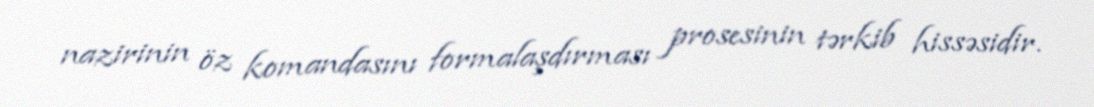
nazirinin öz komandasını formalaşdırması prosesinin tərkib hissəsidir.